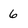
Character: 6